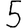
Digit: 5